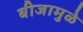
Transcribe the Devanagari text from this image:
बीजामुळे